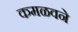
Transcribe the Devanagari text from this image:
कमळवने